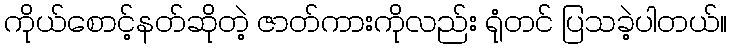
ကိုယ်စောင့်နတ်ဆိုတဲ့ ဇာတ်ကားကိုလည်း ရုံတင် ပြသခဲ့ပါတယ်။